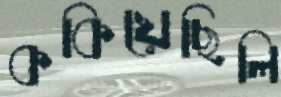
ককিয়েছিলি